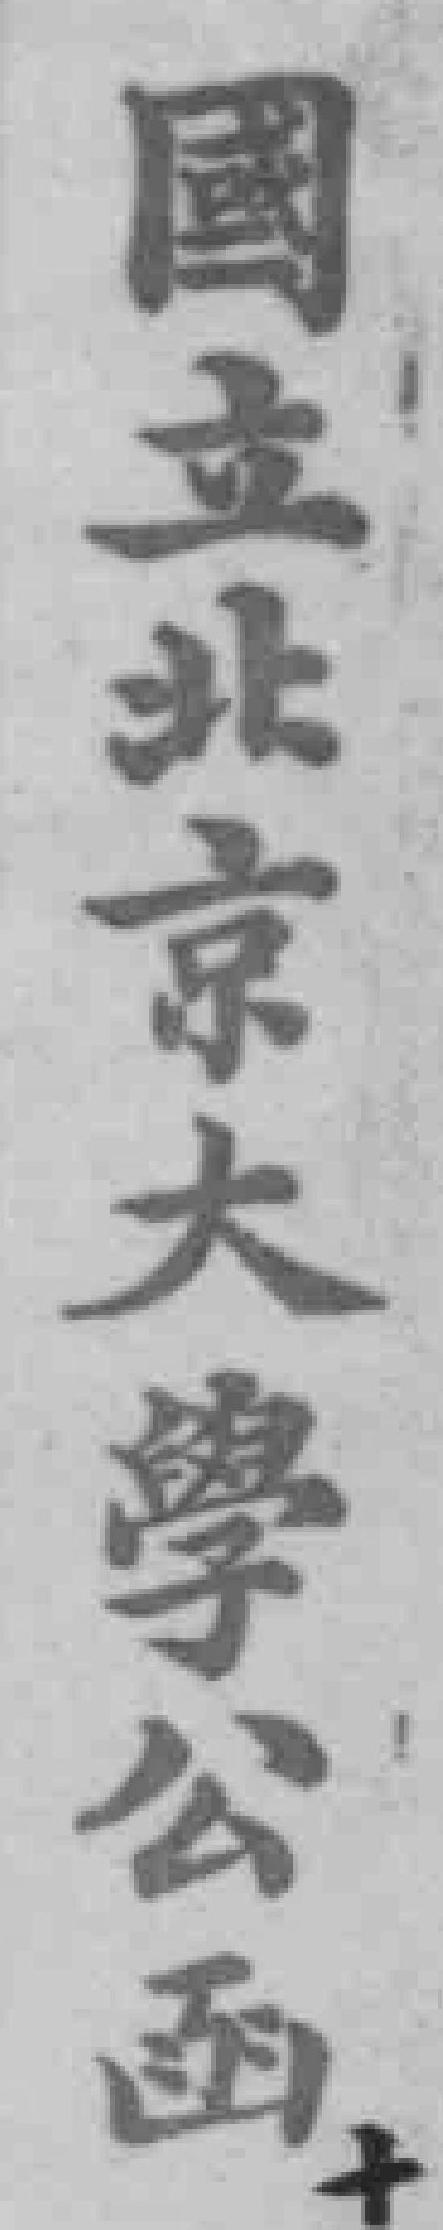
国立北京大學公函